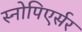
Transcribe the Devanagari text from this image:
स्नोपिएर्सर